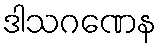
ဒါသဂဏေန